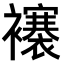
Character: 𧞼